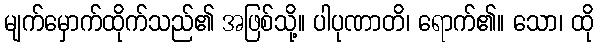
မျက်မှောက်ထိုက်သည်၏ အဖြစ်သို့။ ပါပုဏာတိ၊ ရောက်၏။ သော၊ ထို